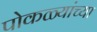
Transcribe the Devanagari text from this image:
पोकळ्यांच्या